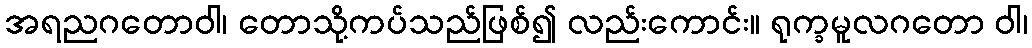
အရညဂတောဝါ၊ တောသို့ကပ်သည်ဖြစ်၍ လည်းကောင်း။ ရုက္ခမူလဂတော ဝါ၊